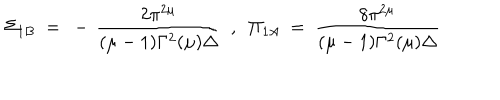
LaTeX: \Sigma _ { 1 B } ~ = ~ - \, \frac { 2 \pi ^ { 2 \mu } } { ( \mu - 1 ) \Gamma ^ { 2 } ( \mu ) \Delta } ~ ~ , ~ ~ \Pi _ { 1 A } ~ = ~ \frac { 8 \pi ^ { 2 \mu } } { ( \mu - 1 ) \Gamma ^ { 2 } ( \mu ) \Delta }